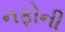
નફોની